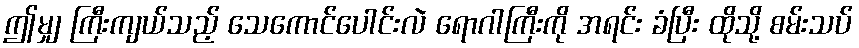
ဤမျှ ကြီးကျယ်သည့် သေကောင်ပေါင်းလဲ ရောဂါကြီးကို အရင်း ခံပြီး ထိုသို့ စမ်းသပ်